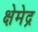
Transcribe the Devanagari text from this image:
क्षेमेद्र